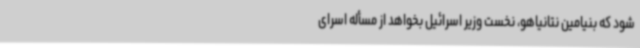
شود که بنیامین نتانیاهو، نخست وزیر اسرائیل بخواهد از مسأله اسرای